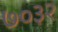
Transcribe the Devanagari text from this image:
७०३२